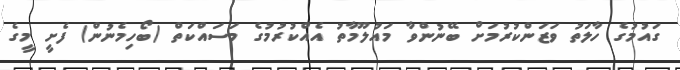
ގައުމުގެ ހާލަތު ވަޒަންކުރުމަށް ބޭނުންވާ މައުލޫމާތު އެއްކުރުމުގެ މަސައްކަތް (ބޯހިމެނުން) ފެށީ މީގެ